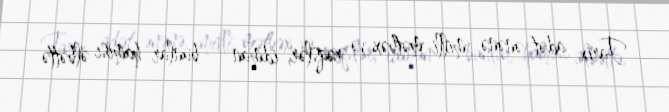
Tarix, adət-ənənə, milli mətbəx və rəqslər, idman – bunlar hamısı əlbəttə